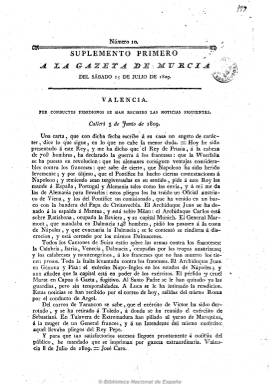
Título: Gazeta de Murcia
Otros títulos: Gaceta de Murcia || Suplemento a La Gazeta de Murcia
Colección: Gacetas
Ámbito geográfico: Murcia
Lugar de publicación: Murcia
Fechas: 15/07/1809-18/06/1814

Con este título el presbítero José Muñiz y Casajuz redacta un periódico absolutista, antiliberal y reaccionario, que sale de la imprenta de su familia (Viuda de Muñoz e hijo y, después, Herederos de Muñiz), cada tres o cuatro días, llegando a ser bisemanario (martes y sábados), a partir de 26 de junio de 1809, al mismo tiempo que la Junta Superior de Murcia venía ordenando estampar también en dicha imprenta su oficial Correo de Murcia desde hacía un año. En números de ocho páginas y foliación seguida, solía incluir un “artículo de fondo”, que no es otra cosa que un comentario a los publicados por el servil madrileño El procurador general de la nación y el rey. Desde sus páginas, el absolutista Muñiz atacó a los liberales de otro periódico coetáneo murciano: El observador del Segura, tachándoles de jansenistas, impíos o republicanos, a la vez que la Gazeta dedicaba amplio espacio a las cuestiones papales y religiosas, o dedicaba versos a sus correligionarios ideológicos. También contiene una sección titulada “artículos de oficio”, con las órdenes dictadas por Fernando VII. Llega a estar editándose hasta junio de 1814, poniendo bajo su cabecera el lema “Viva Fernando” y mostrándose extremadamente anticonstitucional y servil, mientras el director de El observador del Segura será perseguido y encarcelado por sus ideas liberales.